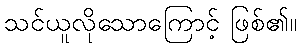
သင်ယူလိုသောကြောင့် ဖြစ်၏။